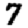
Digit: 7